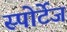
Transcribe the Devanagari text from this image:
स्पोर्टेज